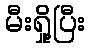
မီးရှို့ပြီး